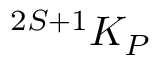
^ { 2 S + 1 } K _ { P }